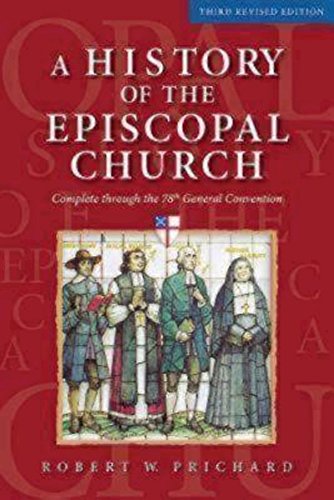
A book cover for A History of the Episcopal Church - Third Revised Edition: Complete through the 78th General Convention; Robert W. Prichard; Christian Books & Bibles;